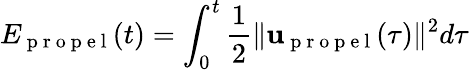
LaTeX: E_{\mathrm{~p~r~o~p~e~l~}}(t)=\int_{0}^{t}\frac{1}{2}\| \mathbf{u}_{\mathrm{~p~r~o~p~e~l~}}(\tau)\| ^{2}d\tau